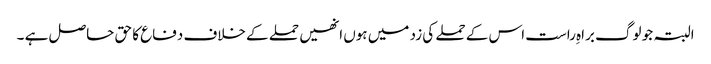
البتہ جو لوگ براہِ راست اس کے حملے کی زد میں ہوں انھیں حملے کے خلاف دفاع کا حق حاصل ہے ۔